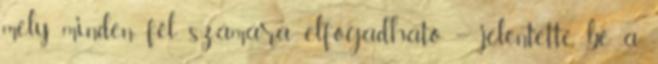
mely minden fél számára elfogadható – jelentette be a